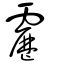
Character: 靂